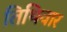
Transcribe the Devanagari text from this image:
तिथिवार